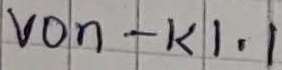
Text: von - K1.1